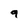
Character: 9